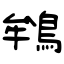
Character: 鴾